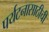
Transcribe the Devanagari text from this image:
पर्यटनासाठीची